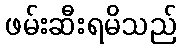
ဖမ်းဆီးရမိသည်